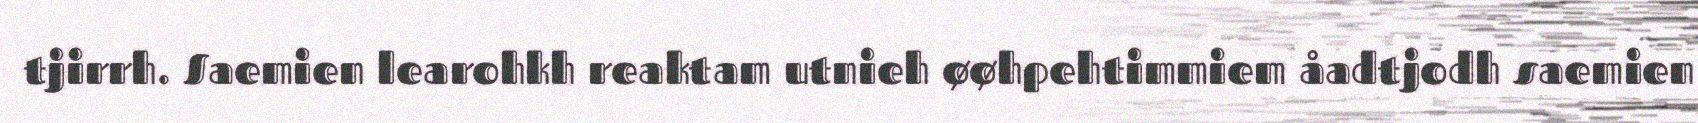
tjirrh. Saemien learohkh reaktam utnieh øøhpehtimmiem åadtjodh saemien